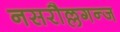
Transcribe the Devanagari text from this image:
नसरौल्लगन्ज